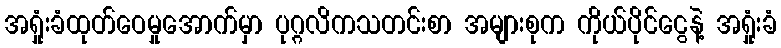
အရှုံးခံထုတ်ဝေမှုအောက်မှာ ပုဂ္ဂလိကသတင်းစာ အများစုက ကိုယ်ပိုင်ငွေနဲ့ အရှုံးခံ